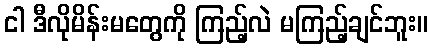
ငါ ဒီလိုမိန်းမတွေကို ကြည့်လဲ မကြည့်ချင်ဘူး။